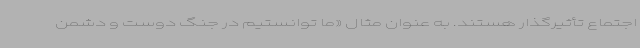
اجتماع تأثیرگذار هستند. به عنوان مثال «ما توانستیم در جنگ دوست و دشمن